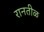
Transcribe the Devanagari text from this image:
रानतीळ